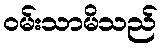
ဝမ်းသာမိသည်